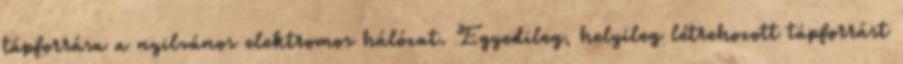
tápforrása a nyilvános elektromos hálózat. Egyedileg, helyileg létrehozott tápforrást